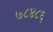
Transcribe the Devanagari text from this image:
७८४८६